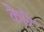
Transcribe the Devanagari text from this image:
केरि